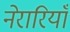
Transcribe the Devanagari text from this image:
नेरारियाँ